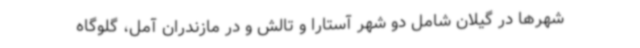
شهرها در گیلان شامل دو شهر آستارا و تالش و در مازندران آمل، گلوگاه